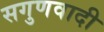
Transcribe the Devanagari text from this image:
सगुणवादी